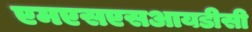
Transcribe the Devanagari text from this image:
एमएसएसआयडीसी